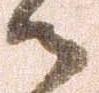
御